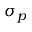
\sigma _ { p }